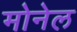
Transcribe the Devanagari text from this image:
मोनेल